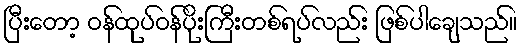
ပြီးတော့ ဝန်ထုပ်ဝန်ပိုးကြီးတစ်ရပ်လည်း ဖြစ်ပါချေသည်။